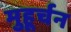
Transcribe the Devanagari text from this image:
मुहूर्चन